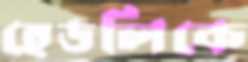
হেডলিকে